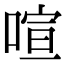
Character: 喧